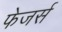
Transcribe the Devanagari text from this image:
फेजर्स